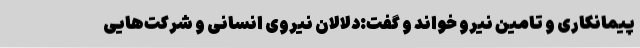
پیمانکاری و تامین نیرو خواند و گفت:دلالان نیروی انسانی و شرکت‌هایی